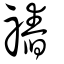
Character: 䄝